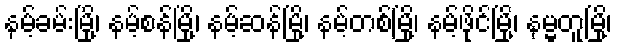
နမ့်ခမ်းမြို့၊ နမ့်စန်မြို့၊ နမ့်ဆန်မြို့၊ နမ့်တစ်မြို့၊ နမ့်ဖိုင်မြို့၊ နမ္မတူမြို့၊